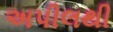
અપીલથી